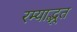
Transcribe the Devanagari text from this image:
रम्याद्भुत